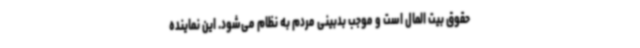
حقوق بیت المال است و موجب بدبینی مردم به نظام می‌شود. این نماینده